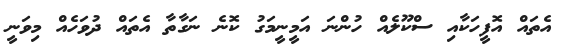
އެތައް އޮފީހަކާއި ސްކޫލެއް ހުންނަ އަމީނީމަގު ކޮނެ ނަގާތާ އެތައް ދުވަހެއް މިވަނީ